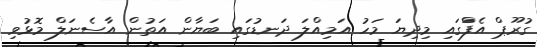
ގުރޫޕް އެފްަގައި މިދިޔަ މަހު އަމިއްލަ ދަނޑުގައި ބަޔާން އަތުން އާސެނަލް މޮޅުވި